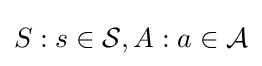
S:s\in {\mathcal {S}},A:a\in {\mathcal {A}}